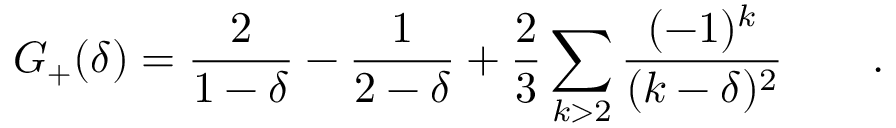
G _ { + } ( \delta ) = \frac { 2 } { 1 - \delta } - \frac { 1 } { 2 - \delta } + \frac { 2 } { 3 } \sum _ { k > 2 } \frac { ( - 1 ) ^ { k } } { ( k - \delta ) ^ { 2 } } ~ ~ ~ ~ ~ ~ .